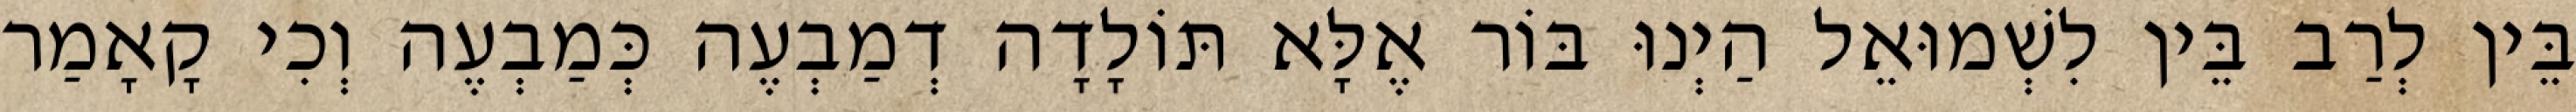
בֵּין לְרַב בֵּין לִשְׁמוּאֵל הַיְנוּ בּוֹר אֶלָּא תּוֹלָדָה דְמַבְעֶה כְּמַבְעֶה וְכִי קָאָמַר